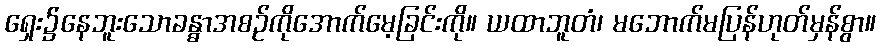
ရှေး၌နေဘူးသောခန္ဓာအစဉ်ကိုအောက်မေ့ခြင်းကို။ ယထာဘူတံ၊ မဘောက်မပြန်ဟုတ်မှန်စွာ။